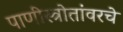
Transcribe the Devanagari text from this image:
पाणीस्त्रोतांवरचे